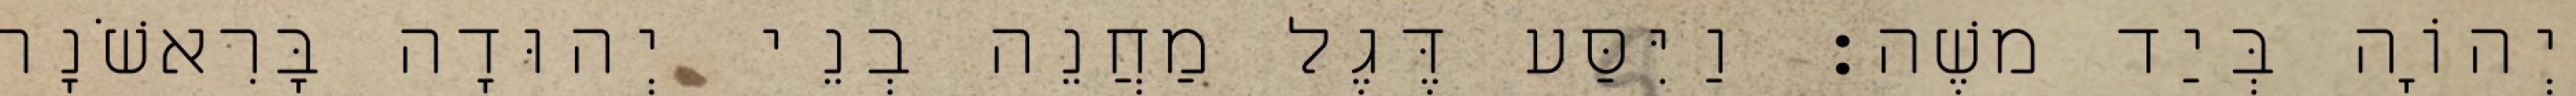
יְהוָֹה בְּיַד משֶׁה׃ וַיִּסַּע דֶּגֶל מַחֲנֵה בְנֵי יְהוּדָה בָּרִאשֹׁנָה